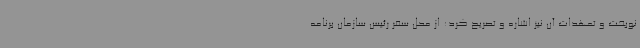
نوبخت و تعهدات آن نیز اشاره و تصریح کرد: از محل سفر رئیس سازمان برنامه